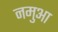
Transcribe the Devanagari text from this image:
नमुआ